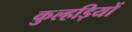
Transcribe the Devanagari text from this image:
कुल्हड़ियों